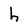
Character: h